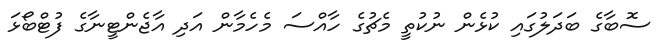
ސޮބާގެ ބަދަލުގައި ކުޅެން ނުކުތީ މެޗުގެ ހާއްސަ މެހެމާން އަދި އާޖެންޓީނާގެ ފުޓްބޯޅަ